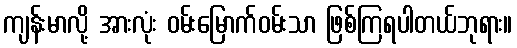
ကျန်းမာလို့ အားလုံး ဝမ်းမြောက်ဝမ်းသာ ဖြစ်ကြရပါတယ်ဘုရား။